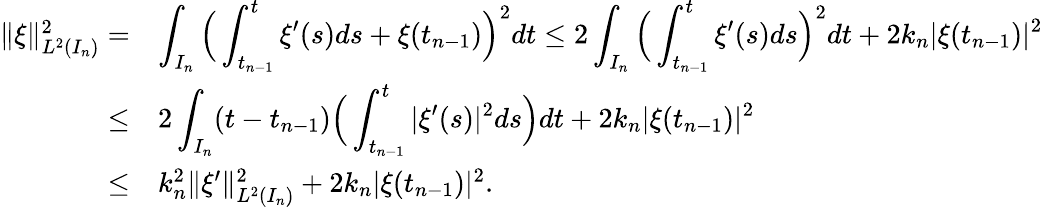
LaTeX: \begin{array}{r}{\begin{array}{rl}{\| \xi\| _{L^{2}(I_{n})}^{2}=}&{\displaystyle\int_{I_{n}}\Big(\displaystyle\int_{t_{n-1}}^{t}\xi^{\prime}(s)ds+\xi(t_{n-1})\Big)^{2}dt\leq 2\displaystyle\int_{I_{n}}\Big(\displaystyle\int_{t_{n-1}}^{t}\xi^{\prime}(s)ds\Big)^{2}dt+2k_{n}|\xi(t_{n-1})|^{2}}\\ {\leq}&{2\displaystyle\int_{I_{n}}(t-t_{n-1})\Big(\displaystyle\int_{t_{n-1}}^{t}|\xi^{\prime}(s)|^{2}ds\Big)dt+2k_{n}|\xi(t_{n-1})|^{2}}\\ {\leq}&{k_{n}^{2}\| \xi^{\prime}\| _{L^{2}(I_{n})}^{2}+2k_{n}|\xi(t_{n-1})|^{2}.}\end{array}}\end{array}